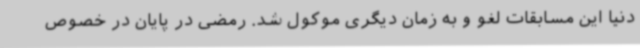
دنیا این مسابقات لغو و به زمان دیگری موکول شد. رمضی در پایان در خصوص